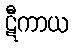
ဋီကာယ